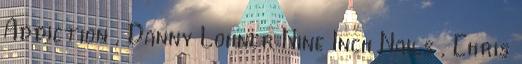
Addiction , Danny Lohner Nine Inch Nails , Chris